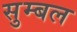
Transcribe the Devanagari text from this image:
सुम्बल